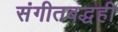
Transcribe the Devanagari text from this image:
संगीतबद्धही